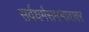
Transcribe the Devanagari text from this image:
सर्वधर्मसमभावावर